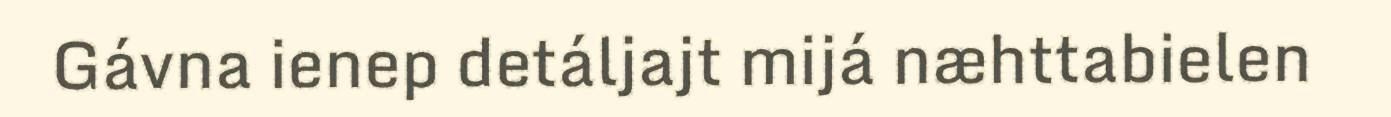
Gávna ienep detáljajt mijá næhttabielen